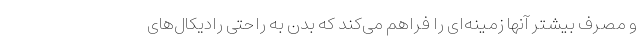
و مصرف بیشتر آنها زمینه‌ای را فراهم می‌کند که بدن به راحتی رادیکال‌های